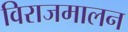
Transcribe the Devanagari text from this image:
विराजमालन